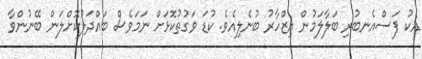
އެކު ފަސްއެނބުރި ބަލާލަމުން އިޒްހާރު ބުނެލިއެވެ. ކުޑަ ވަގުތުކޮޅަަށް ނަމަވެސް ބައްދަލުކޮށްލަން ބޭނުންވާ